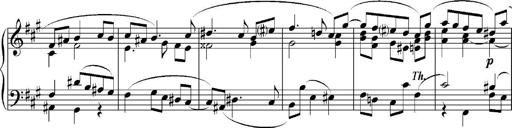
Title: Sonatina No.5
Composer: Otto Stoll
Key: F-sharp minor